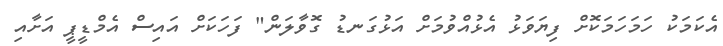
އެކަމަކު ހަމަހަމަކޮށް ފިޔަވަޅު އެޅުއްވުމަށް އަޅުގަނޑު ގޮވާލަން" ފަހަކަށް އައިސް އެމްޑީޕީ އަށާއި